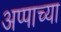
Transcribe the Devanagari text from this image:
अप्पाच्या